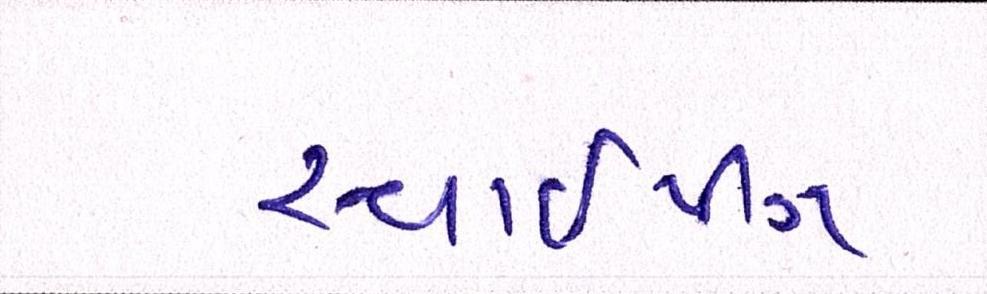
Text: સ્વાઈપીંગ